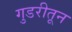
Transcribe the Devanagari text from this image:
गुडरीतून